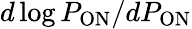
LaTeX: d\log{P_{\mathrm{ON}}}/dP_{\mathrm{ON}}